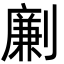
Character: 劆